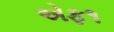
એફ૧